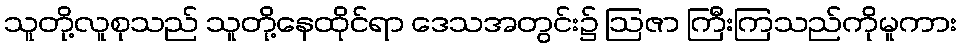
သူတို့လူစုသည် သူတို့နေထိုင်ရာ ဒေသအတွင်း၌ ဩဇာ ကြီးကြသည်ကိုမူကား